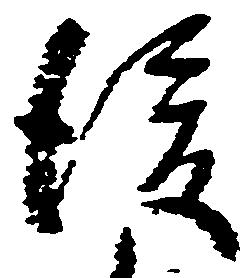
後